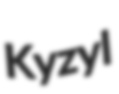
Kyzyl